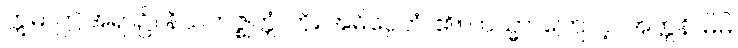
ဣဓ၊ ဤအရာ၌။ နိယကဇ္ဈတ္တံ၊ ကို။ အဓိပ္ပေတံ၊ ၏။ တသ္မာ၊ ကြောင့်။ အတ္တနိ၊ မိမိ